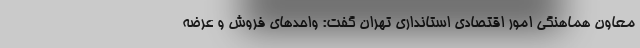
معاون هماهنگی امور اقتصادی استانداری تهران گفت: واحدهای فروش و عرضه